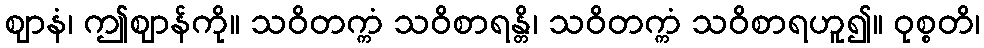
ဈာနံ၊ ဤဈာန်ကို။ သဝိတက္ကံ သဝိစာရန္တိ၊ သဝိတက္ကံ သဝိစာရဟူ၍။ ဝုစ္စတိ၊